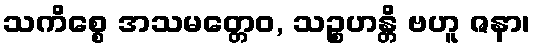
သကိစ္စေ အသမတ္တေဝ, သဉ္စဟန္တိ ဗဟူ ဇနာ၊